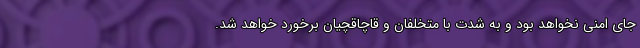
جای امنی نخواهد بود و به شدت با متخلفان و قاچاقچیان برخورد خواهد شد.